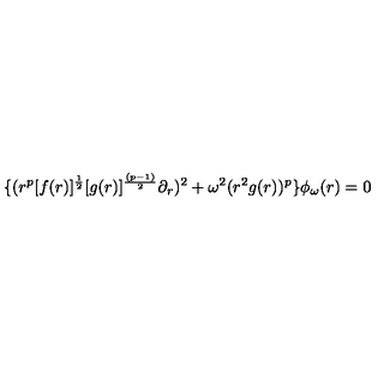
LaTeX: \{ ( r ^ { p } [ f ( r ) ] ^ { { \frac { 1 } { 2 } } } [ g ( r ) ] ^ { \frac { ( p - 1 ) } { 2 } } \partial _ { r } ) ^ { 2 } + \omega ^ { 2 } ( r ^ { 2 } g ( r ) ) ^ { p } \} \phi _ { \omega } ( r ) = 0